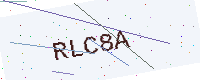
Text: RLC8A